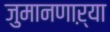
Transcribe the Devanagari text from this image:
जुमानणाऱ्या